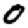
Digit: 0